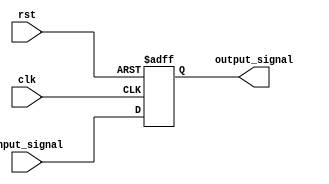
module behavioral_modeling_block (
    input wire clk,
    input wire rst,
    input wire input_signal,
    output reg output_signal
);

always @ (posedge clk or negedge rst)
begin
    if (~rst)
        output_signal <= 0;
    else
        output_signal <= input_signal;
end

endmodule